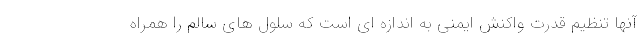
آنها تنظیم قدرت واکنش ایمنی به اندازه ای است که سلول های سالم را همراه